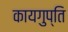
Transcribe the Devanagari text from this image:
कायगुप्ति